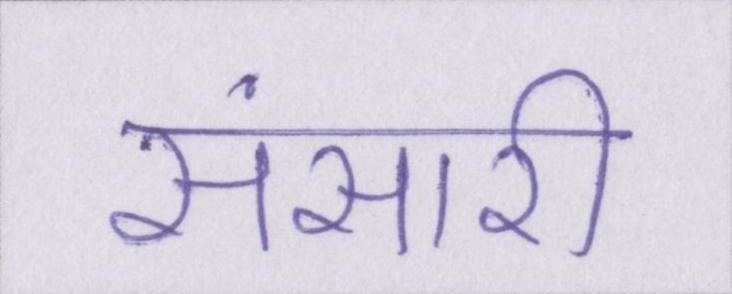
संसारी